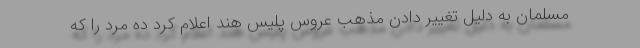
مسلمان به دلیل تغییر دادن مذهب عروس پلیس هند اعلام کرد ده مرد را که